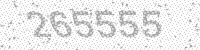
Solution: 265555